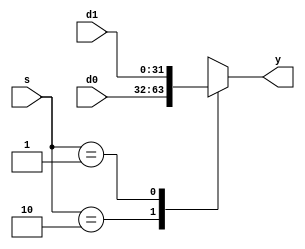
module mux2_32bit(d0, d1, s, y);		//2input 32bit mux
	input [31:0] d0, d1;			// 32bits 2inputs
	input [1:0] s;					//	 select signal
	output [31:0] y;				// 32bits output
	reg [31:0] y;					// 32bits reg
	
	always @(d0, d1, s)	
	begin
		case(s)						
			2'b10		:	y <= d0;			// when M0_grant
			2'b01		:	y <= d1;			// when M1_grant
			default	:	y <= 32'bx;		// when default, unknown
		endcase
	end
endmodule